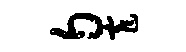
匀窄